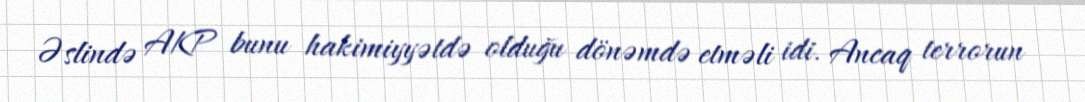
Əslində AKP bunu hakimiyyətdə olduğu dönəmdə etməli idi. Ancaq terrorun